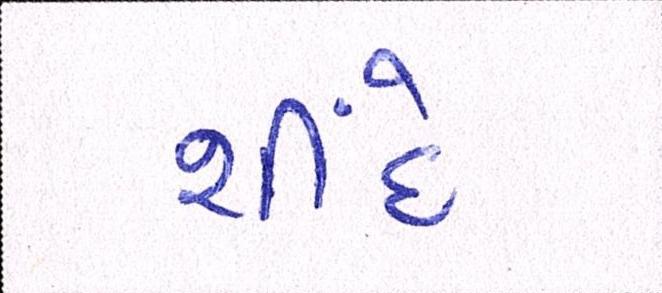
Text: શીંદે